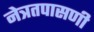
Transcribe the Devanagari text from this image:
नेत्रतपासणी